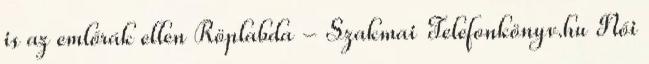
is az emlőrák ellen Röplabda - Szakmai Telefonkönyv.hu Női